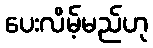
ပေးလိမ့်မည်ဟု